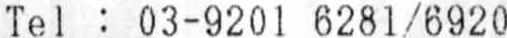
TEL : 03-9201 6281/6920